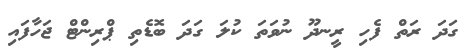
ގަދަ ރަތް ފެހި ރީނދޫ ނުވަތަ ކުލަ ގަދަ ބޮޑެތި ޕްރިންޓް ޖަހާފައި